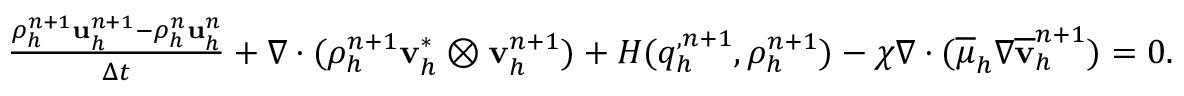
\begin{array} { r l } & { \frac { \rho _ { h } ^ { n + 1 } \mathbf u _ { h } ^ { n + 1 } - \rho _ { h } ^ { n } \mathbf u _ { h } ^ { n } } { \Delta t } + \nabla \cdot ( \rho _ { h } ^ { n + 1 } \mathbf v _ { h } ^ { * } \otimes \mathbf v _ { h } ^ { n + 1 } ) + H ( q _ { h } ^ { , n + 1 } , \rho _ { h } ^ { n + 1 } ) - \chi \nabla \cdot ( \overline { { \mu } } _ { h } \nabla \overline { { \mathbf v } } _ { h } ^ { n + 1 } ) = \boldsymbol { 0 } . } \end{array}